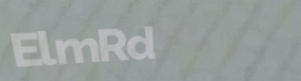
ElmRd